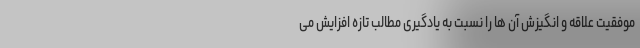
موفقیت علاقه و انگیزش آن ها را نسبت به یادگیری مطالب تازه افزایش می